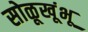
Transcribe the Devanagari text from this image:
सोळूखूंभू